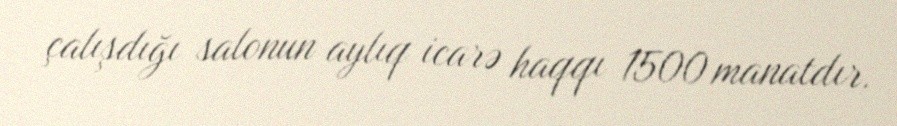
çalışdığı salonun aylıq icarə haqqı 1500 manatdır.